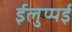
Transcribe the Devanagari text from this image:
ईलुप्पई